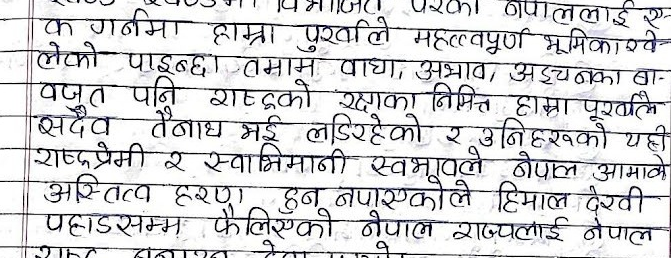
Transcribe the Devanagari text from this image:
क गर्नमा हाम्रा पुर्खाले महत्वपूर्ण भुमिकाखे-
लेको पाइन्छ । तमाम बाधा, अभाव, अड़चनका बा-
वजुत पनि राष्ट्रको रक्षाका निमित्त हाम्रा पुर्खाले
सँदैब तैनाथ भई लडिरहेको र उनिहरुको यही
राष्ट्रप्रेमी र स्वाभिमानी स्वभावले नेपाल आमाको
अस्तित्व हरण हुन नपाएकोले हिमाल देखी
पहाडसम्म फैलिएको नेपाल राज्यलाई नेपाल